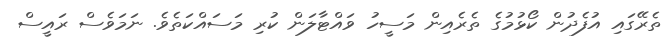
ތެރޭގައި އުފެދުން ކޯޅުމުގެ ތެރެއިން މަސީހު ވައްޓާލަން ކުރި މަސައްކަތެވެ. ނަމަވެސް ރައީސް